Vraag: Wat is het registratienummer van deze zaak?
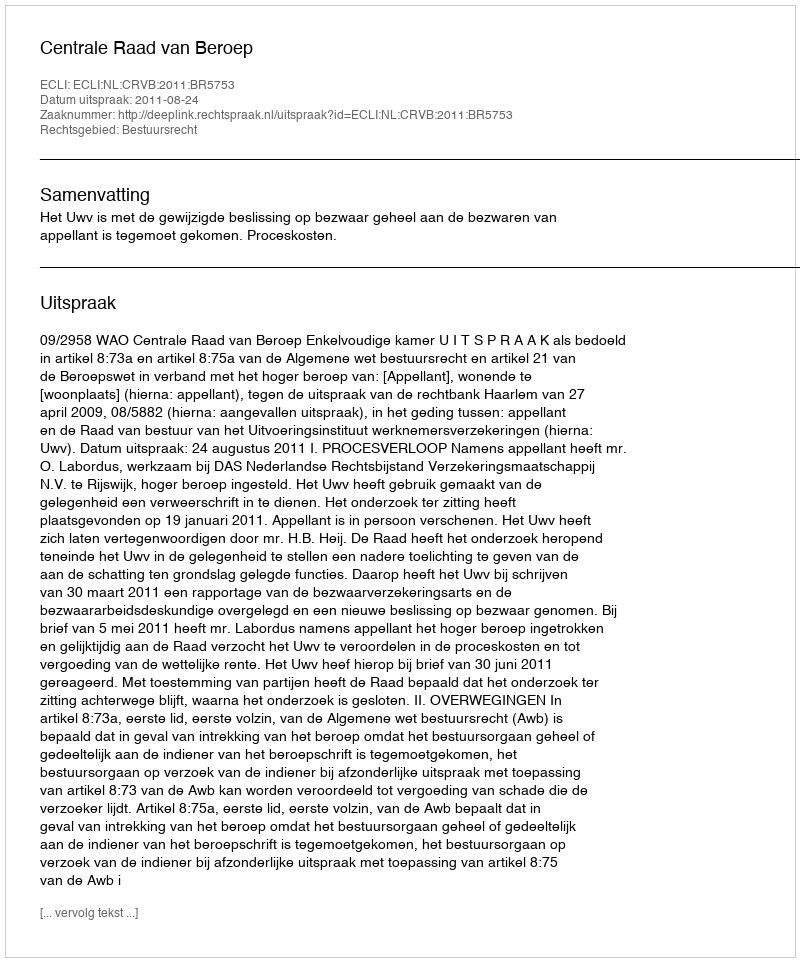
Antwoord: http://deeplink.rechtspraak.nl/uitspraak?id=ECLI:NL:CRVB:2011:BR5753